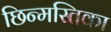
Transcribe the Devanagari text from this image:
छिन्मस्तिका